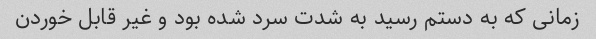
زمانی که به دستم رسید به شدت سرد شده بود و غیر قابل خوردن